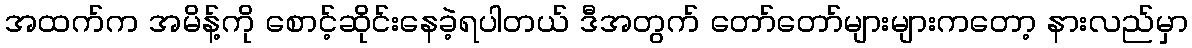
အထက်က အမိန့်ကို စောင့်ဆိုင်းနေခဲ့ရပါတယ် ဒီအတွက် တော်တော်များများကတော့ နားလည်မှာ